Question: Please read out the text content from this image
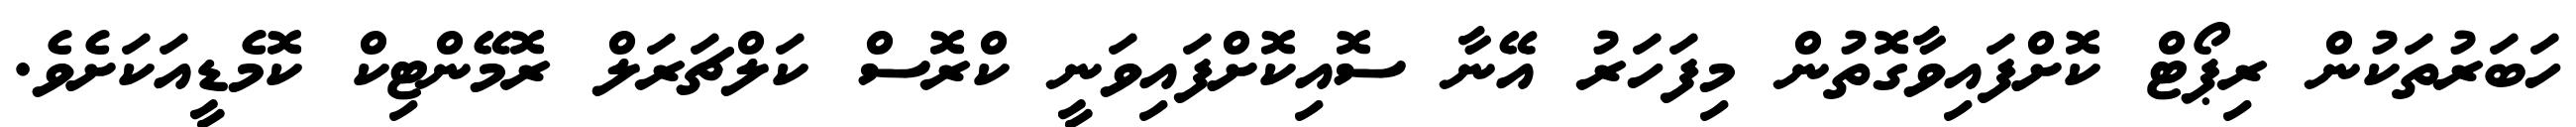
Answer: ހަބަރުތަކުން ރިޕޯޓް ކޮށްފައިވާގޮތުން މިފަހަރު އޭނާ ސޮއިކޮށްފައިވަނީ ކްރޮސް ކަލްޗަރަލް ރޮމޭންޓިކް ކޮމެޑީއަކަށެވެ.